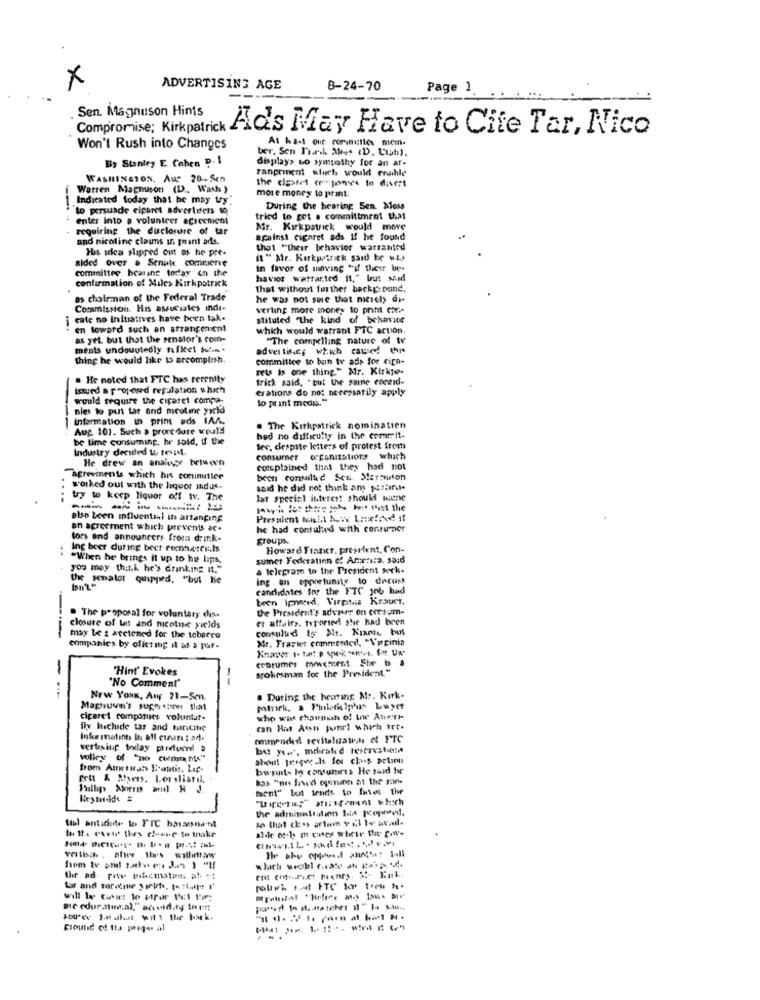
x
ADVERTISING AGE
8-24-70
Page 1.
Sen. Magnuson Hints
Compromise; Kirkpatrick
Ads May Have to Cite Tar, Nico
At ha-t one commitles mem.
Won't Rush into Changes
ber, Sen Dark Aees (D. Lish).
By Stanley E. Cohen D. 1
displays no sympathy for an af-
rangement which would erahle
WASHINGTON, AUS 20 .- Scn
the dastet cupones In discri
Warren Magnuson (D ., Wash )
more money to print.
Indicated today that he may ty
to persuade eiparet advertisers to
During the hearing Sen. Aloss
enter into a volunteer agreement
tried to get . committment that
requiring the disclosure of tar
Mr. Kirkpatrick would move
and nicoline clauns in print ads.
against cigaret ads If he found
Huis idea slipped cin os he pre-
that "their behavior warranted
sided Over a Senate comcierre
it " Mr. Kirkpatrick said he wis
committee hearing today ca the
in favor of moving "if their be-
havior watrat.ted it," but said
confirmation of Miles Kirkpatrick
that without further background.
as chairman of the Federal Trade
he was not sure that meichy di-
Commission. His assuciales indi-
verling more money to print con-
cate no initiatives have been tak.
stituted "the kind of behavior
en toward such an arrangement
which would warrant FTC action.
as yet. but that the senator's com-
"The compelling nature of tv
ments undougtedly tufleet suis .
adver tis.ce which caused! this
thing he would like to accomplish.
committee to bon tv ads for cich-
rets is one thing." Mr. Kirkye-
He noted that FTC has recently
trick said, "but the same coreid-
Issued a proposrd regulation which
erations do not necessarily apply
would require the cigaret compa-
to print medas."
nies to put tar and meeting yicid
information in print ads IAA.
---
Aug 101. Such a proce dure would
. The Kirkpatrick nominatien
be time consuming. he said, if the
bed no difficulty in the commit-
Industry decided to resist.
lec, despite letters of protest from
He drew an analogy between
consumer organizations which
complained that they had not
agreements which his committee
been consalud Ser. Mermuson
worked out with the liquor indu-
said he did not think am poranil-
....
try to keep liquor off tv. The
lat special interest should sucre
------
join los that the best that the
also been milventil ih artanping
Presuient Malt Aune Lanetand st
an agreement which prevents ac.
he had consulted with consummer
lors and announcers froma drink-
groups.
ing beer during beet recnasci.ls
Howard Tiazt. presrient, Con-
"When he brings it up to ha lips,
sumer Federation of America. said
you may that.k. he's drinking it."
telegram to the President seck.
the senator quipped. "but He
Ing on opportunity to decuss
candidates for the FTC 100 hed
n Ipnend. Virptis Krauer,
the President's adviser on corsum-
. The proposal for voluntary chis.
er affairs. teporied she had been
closure of Lat and nicetnic yields
consulud to Ar. Xixpas. but
may be z weetened for the toberro
Mr. Frasket commented, "Vocinia
companies by ofictmig it as a por-
-
"Hint' Evokes
spokesman for the President."
--
"No Comment'
Nrw YouK, Auf 21-Sen.
. During the heating Me. Kirk-
Maphuen's supe sure that
cigaret companies voluntat-
who whet chawngh of whe Ater'-
fly Include tar and turricme
can Bat Aton panel which trt.
Inkemalinh In off cinsi ad.
ommended sevitalizawas of FTC
verbsiup today patuend .
volley of "no comments"
from Aretirar E-ottis, Lac-
bwsint- hoy consumeis He said he
Peut & Myers, Lorslistdl.
bas "no Javed ognien at the suns
Pullp Morres mil H J.
ment" lat tends to fries the
the adminstration les Kejawed,
to that ches artam vil le wvail.
ttal anticode to TTC harassnant
the ad rie bilacmatie. ab +t
Be cduratual,"arend,ty tn !!!
Flouted of ti pege al